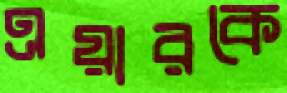
এয়ারকে